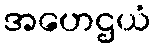
အဟေဌယံ